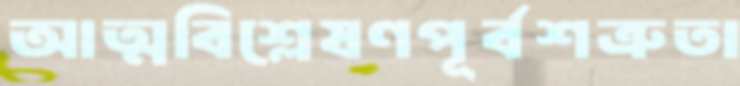
আত্মবিশ্লেষণপূর্বশত্রুতা